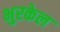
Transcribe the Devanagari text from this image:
भुरकेल